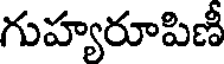
గుహ్యరూపిణీ